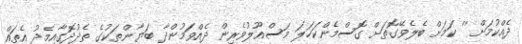
ދެއްކުމަށް '' ކަމަށް ބެލެވޭގޮތަށް ގޮސްމެންކަހަލަ މަސްއޫލުވެރިން ދެއްވަމުންދާ ބަޔާންތަކުގެ ތެދުދޮގާއިމެދު އެތައް